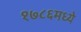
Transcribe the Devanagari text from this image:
१७८६मध्ये